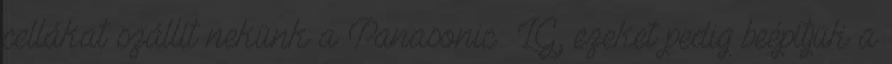
cellákat szállít nekünk a Panasonic LG, ezeket pedig beépítjük a